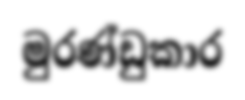
මුරණ්ඩුකාර